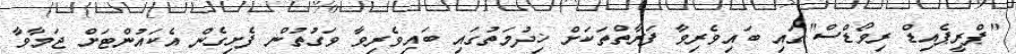
"ޕްރީޕެއިޑް ރިވޯޑްސް"ގައި ބައިވެރިވާ ފަރާތްތަކަށް ޚިދުމަތުގައި ބައިވެރިވާ ވަގުތުން ފެށިގެން އެކައުންޓަށް ޖަމާވާ